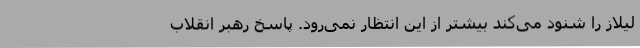
لیلاز را شنود می‌کند بیشتر از این انتظار نمی‌رود. پاسخ رهبر انقلاب